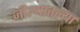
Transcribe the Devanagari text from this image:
जील्यातल्या